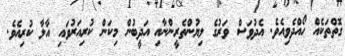
ގޮތްތަކެއް ހޯއްދެވިއެވެ. އެދުވަސް ވަރުގެ ލިޔުންތެރީންނާއި އަދީބުން މިކަން ކުރިއަރުވައި އާލާ ކުރިއެވެ.